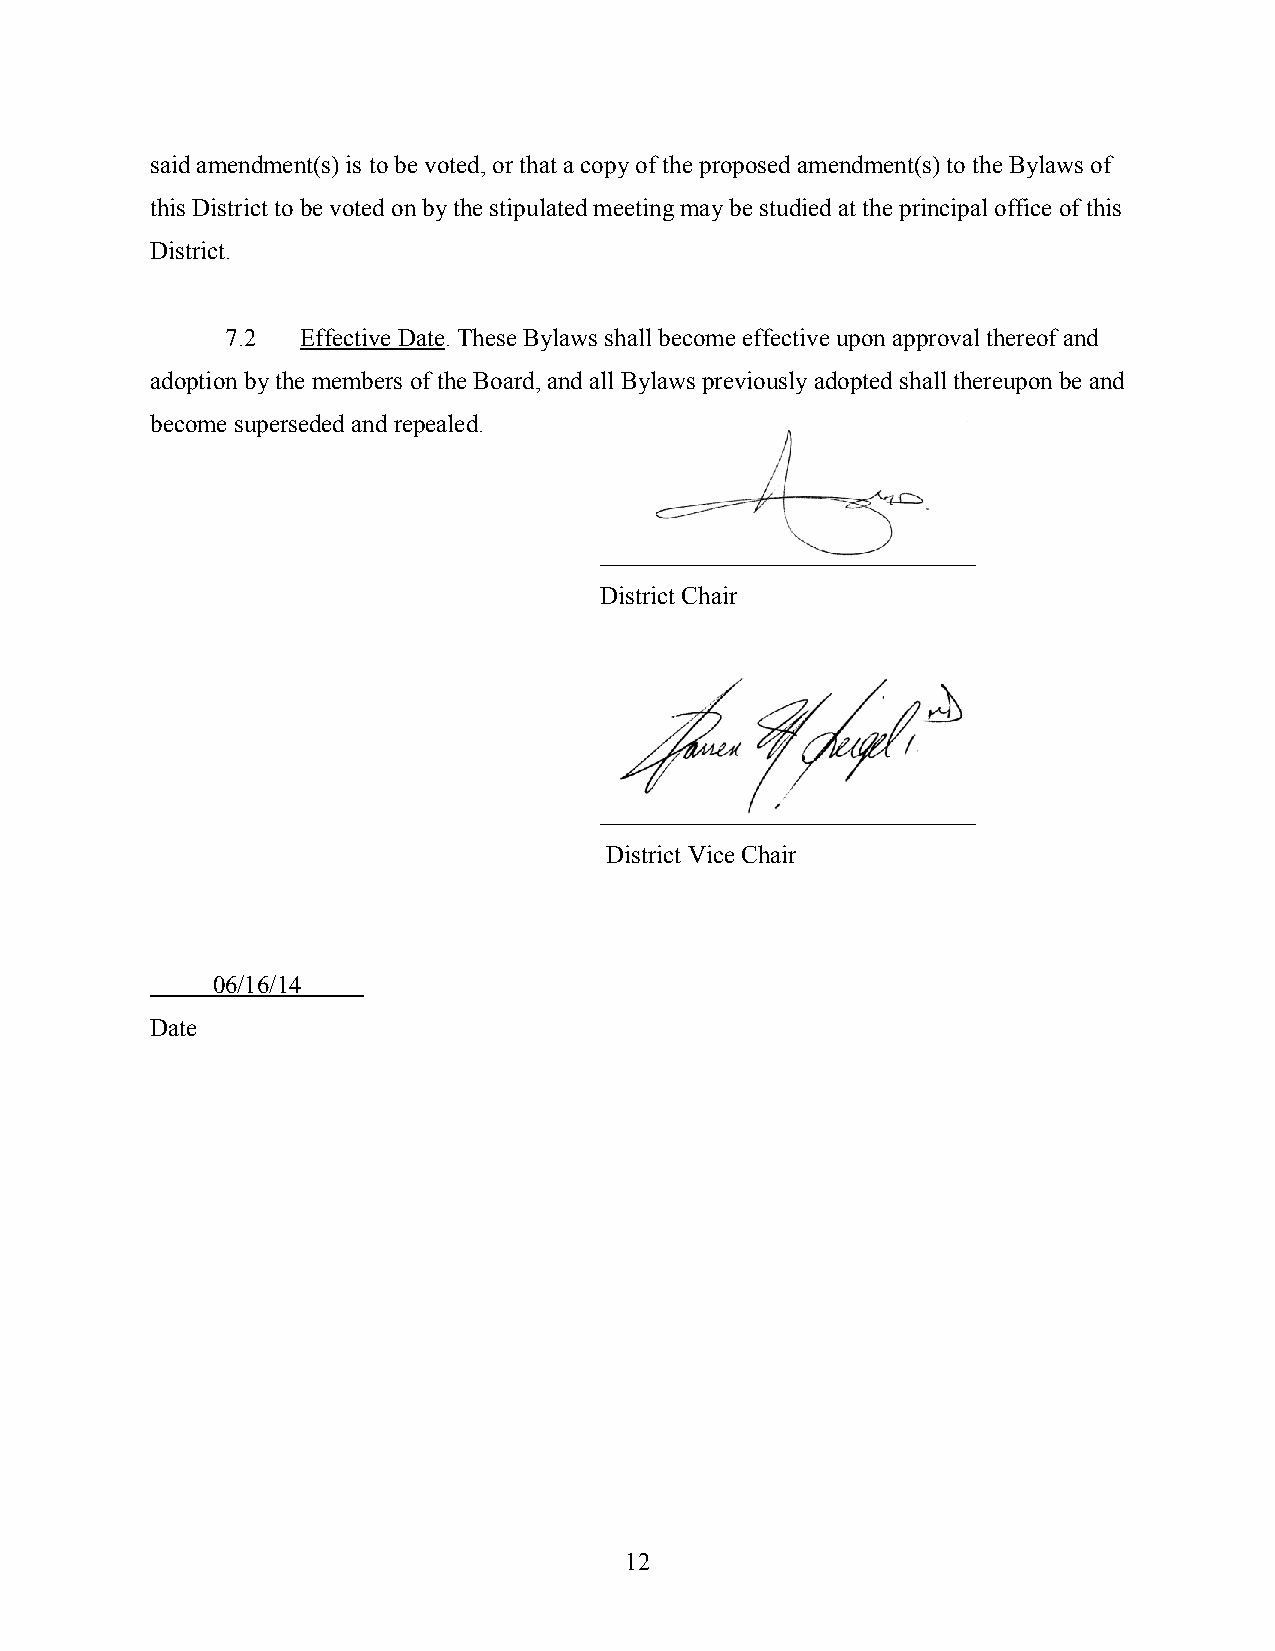
said amendment(s) is to be voted, or that a copy of the proposed amendment(s) to the Bylaws of
 this District to be voted on by the stipulated meeting may be studied at the principal office of this
 District.
 7.2  Effective Date. These Bylaws shall become effective upon approval thereof and
 adoption by the members of the Board, and all Bylaws previously adopted shall thereupon be and
 become superseded and repealed.
 ______________________________
 District Chair
 ______________________________
 District Vice Chair
 06/16/14  .
 Date
 12